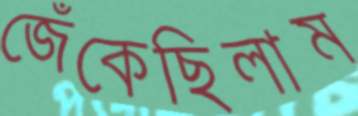
জেঁকেছিলাম